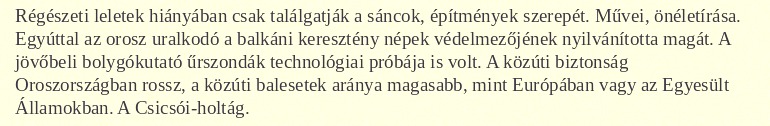
Régészeti leletek hiányában csak találgatják a sáncok, építmények szerepét. Művei, önéletírása. Egyúttal az orosz uralkodó a balkáni keresztény népek védelmezőjének nyilvánította magát. A jövőbeli bolygókutató űrszondák technológiai próbája is volt. A közúti biztonság Oroszországban rossz, a közúti balesetek aránya magasabb, mint Európában vagy az Egyesült Államokban. A Csicsói-holtág.